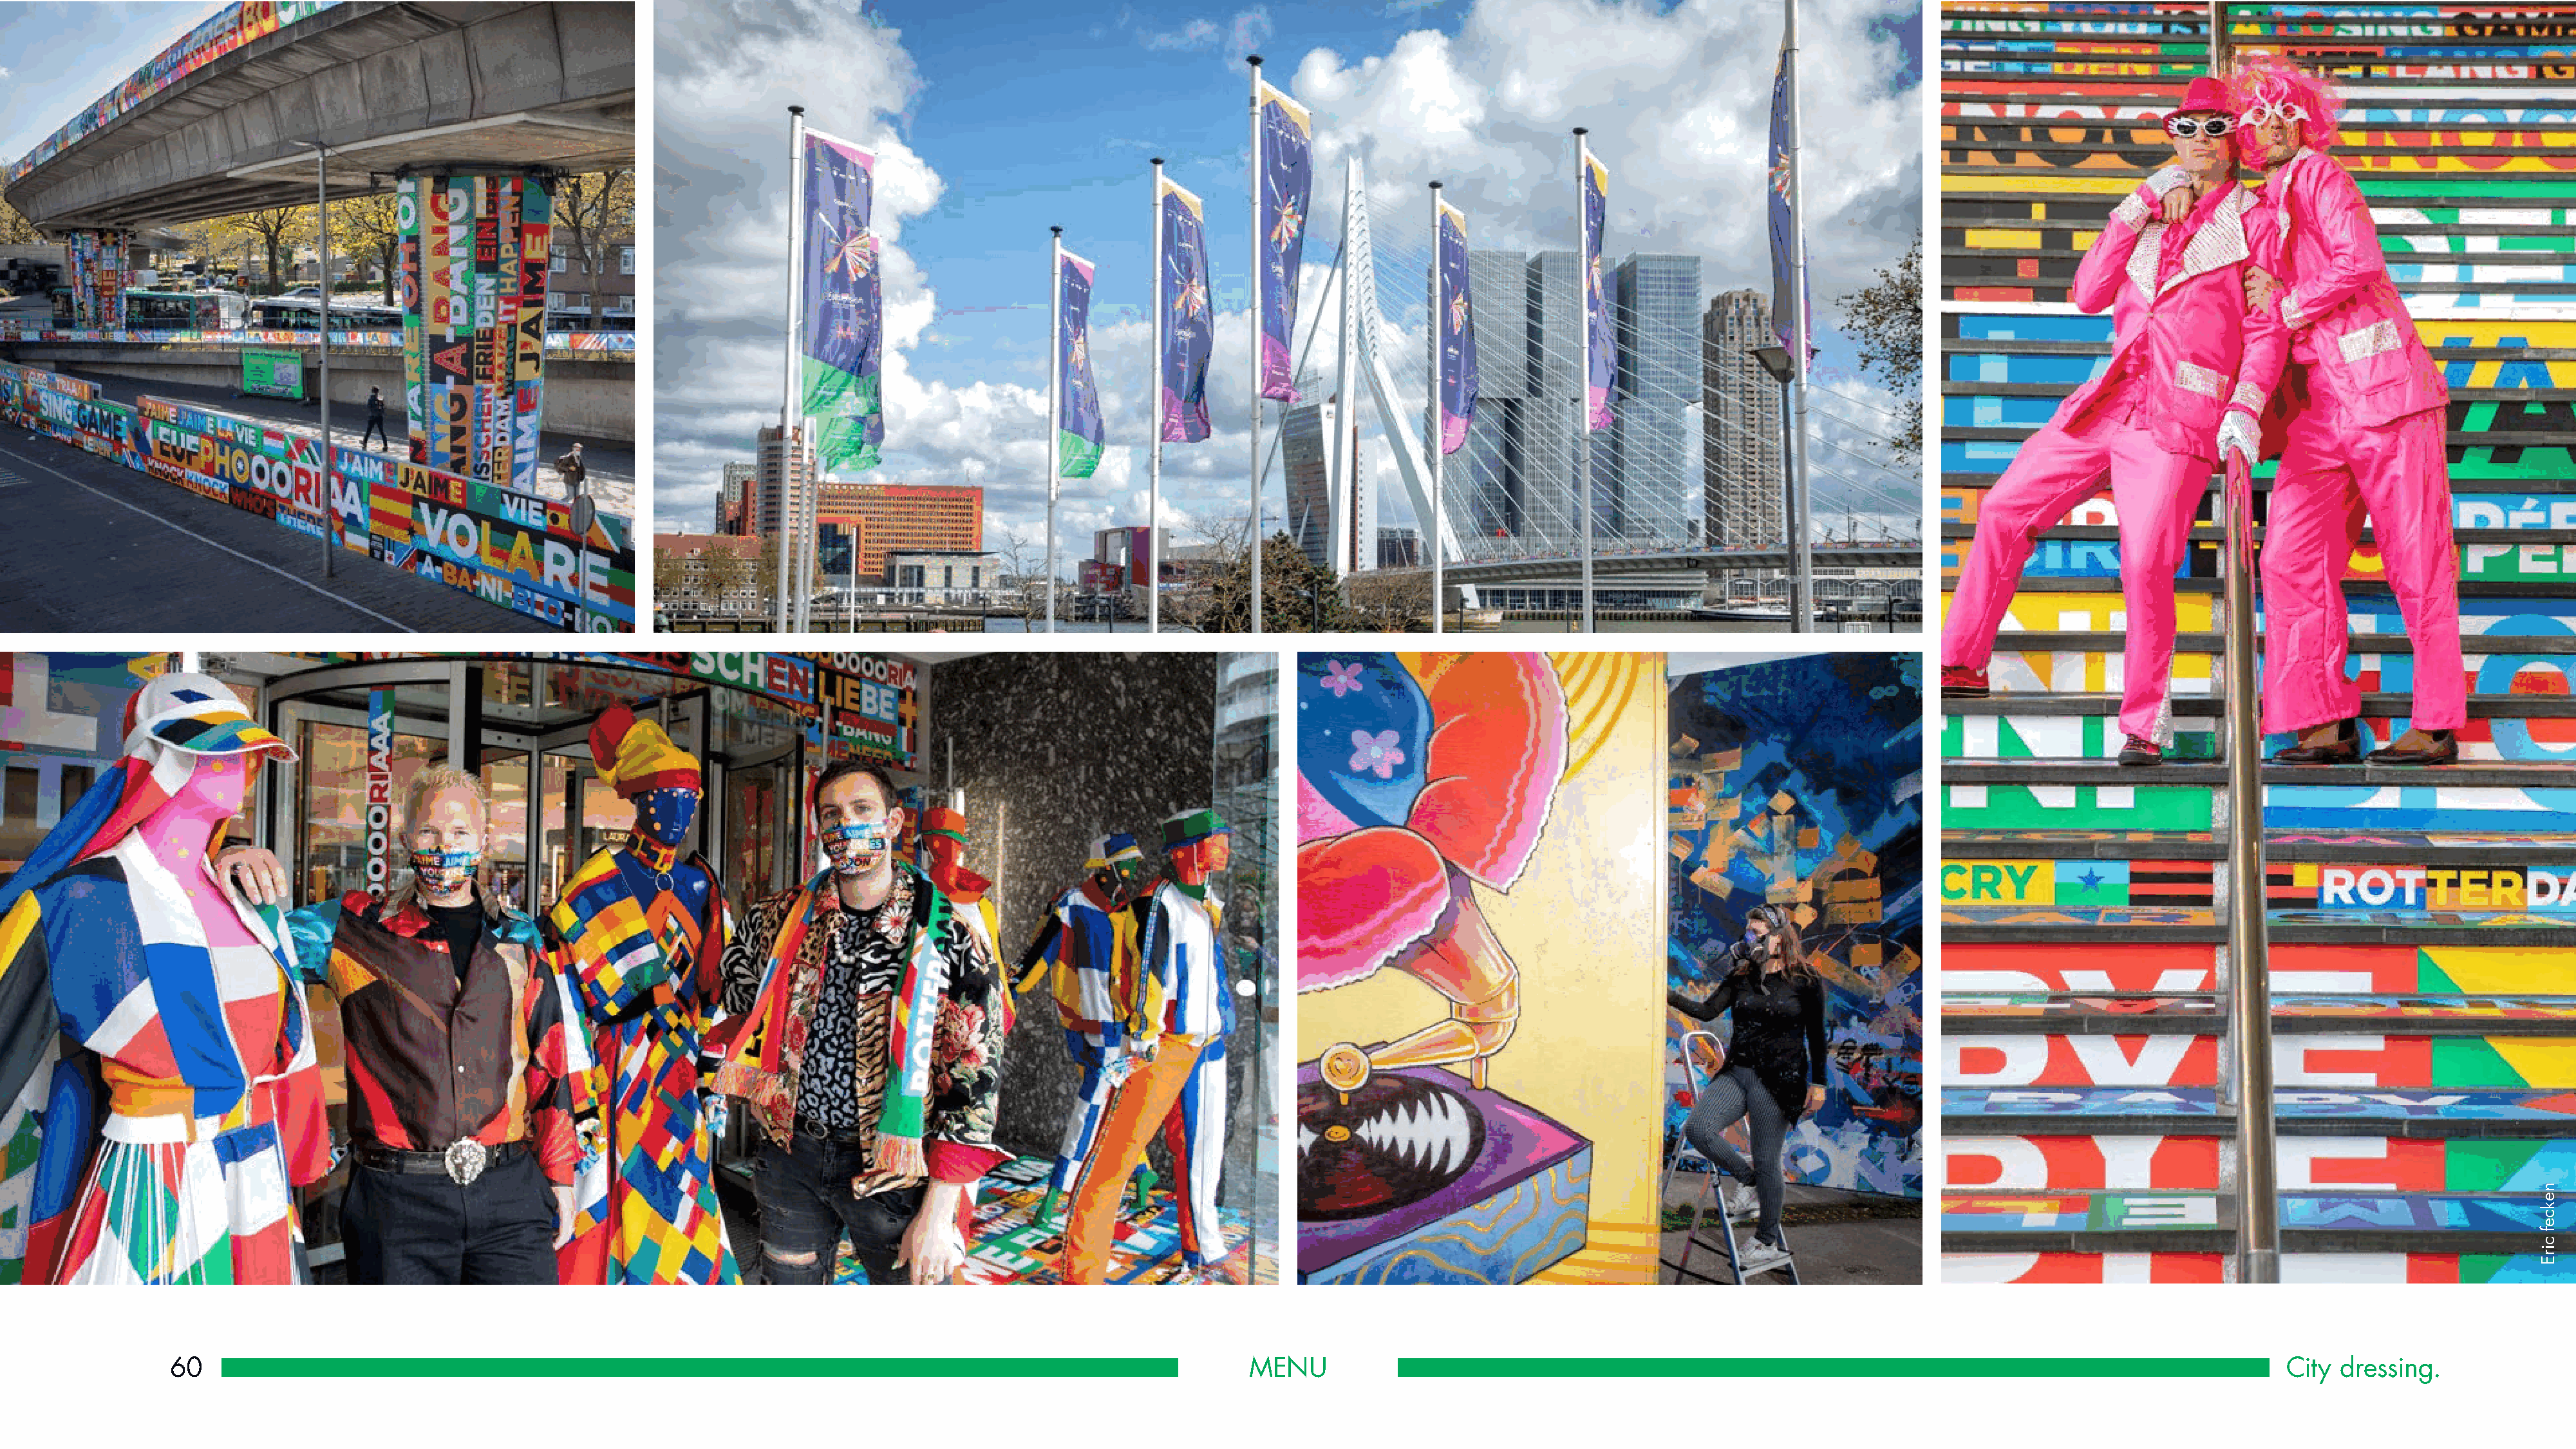
60                                                                                                             MENU                                                                                                       City  dressing.
 nekcef
 cirE